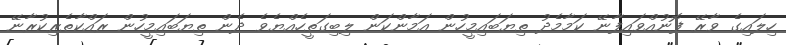
ހިލައިގެ ވާރޭ ފޮނުއްވައިފާނޭ ކަމާމެދު ތިޔަބައިމީހުން އަމާންކަން ލިބިގަތީހެއްޔެވެ ދެން ތިޔަބައިމީހުން ރައްކާތެރިކުރާނޭ